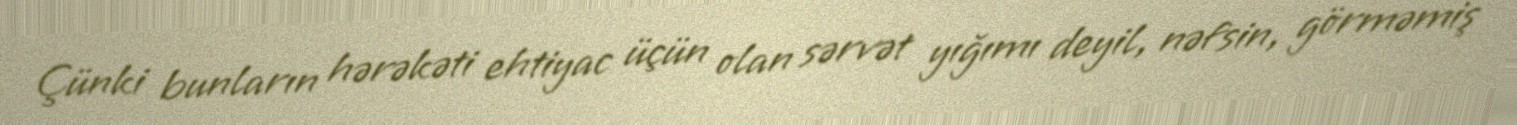
Çünki bunların hərəkəti ehtiyac üçün olan sərvət yığımı deyil, nəfsin, görməmiş